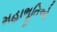
મહાભૂતિઓ